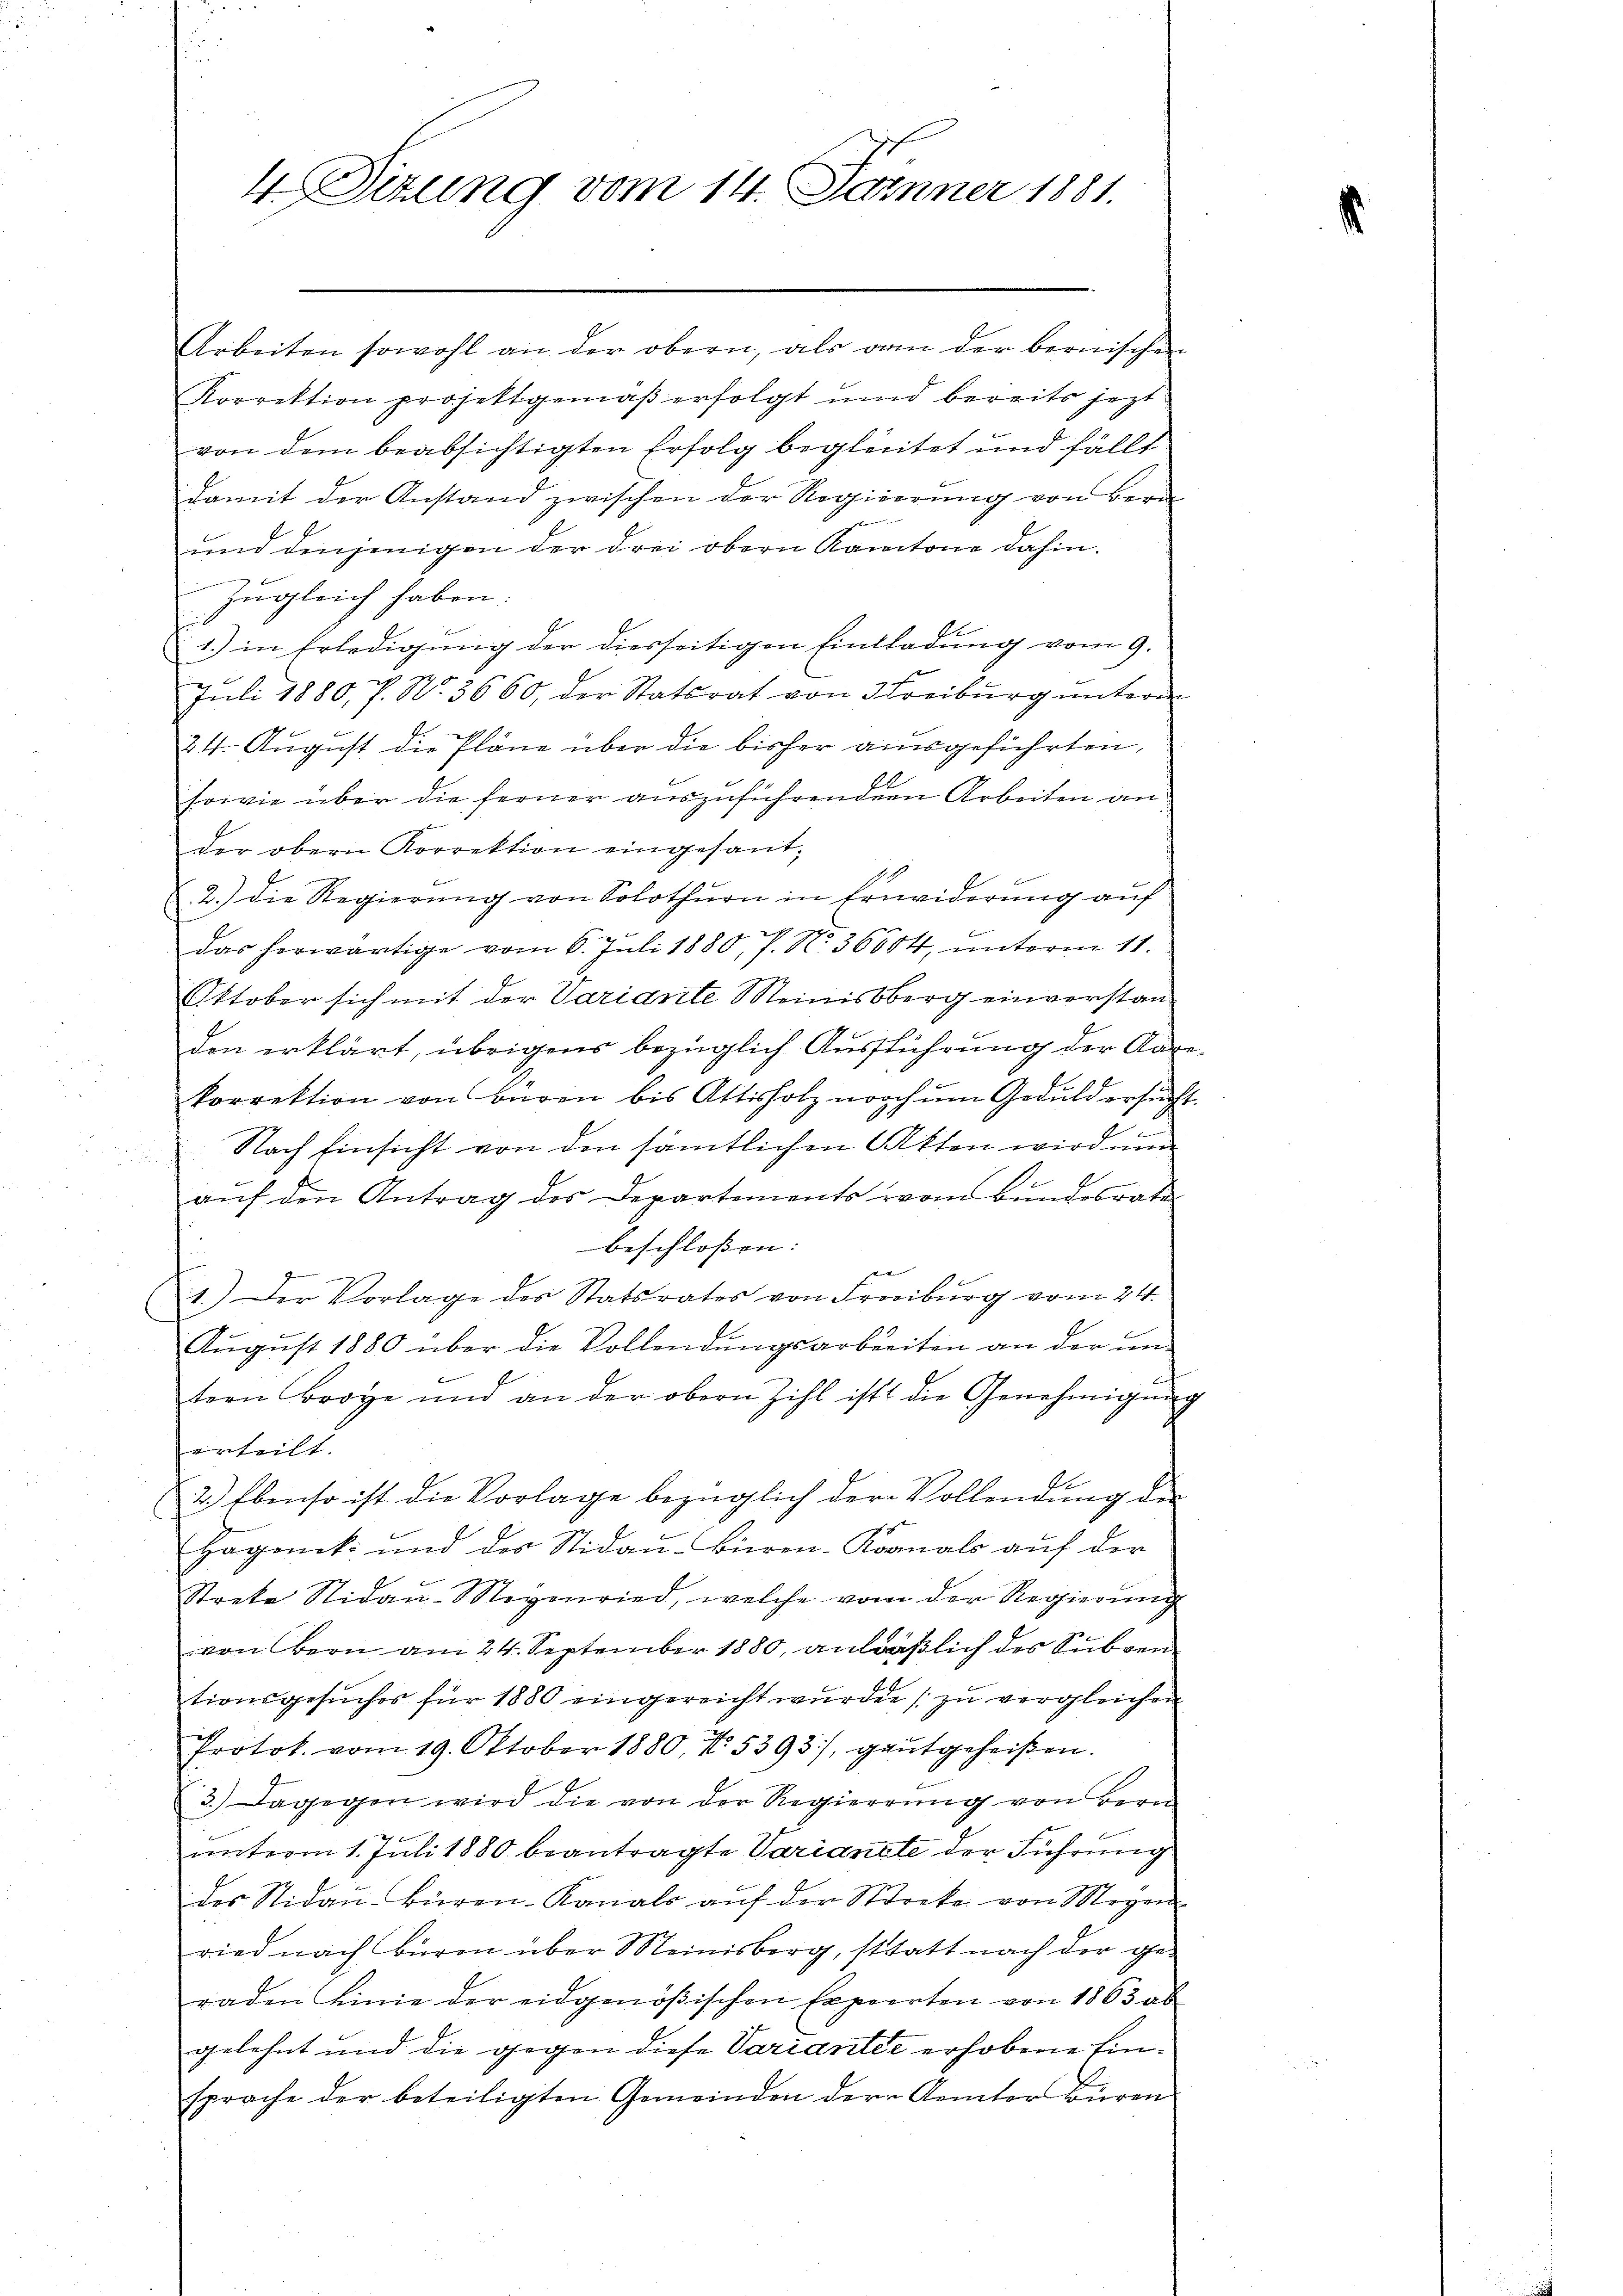
4 Sitzung vom 14. Jänner 1881.

Arbeiten sowohl an der obern, als von der bernischen
Korrektion projektgemäß erfolgt und bereits jezt
von dem beabsichtigten Erfolg begleitet und fällt.
damit der Anstand zwischen der Regierŭng von Bern
6
und denjenigen der drei obern Kantone dahin.
zugleich haben.
1.) in Erledigung der diesseitigen Einladung vom 9.
Juli 1880, P. Nr. 3660, der Statsrat von Freiburg unterm
24. August die Pläne über die bisher ausgeführten,
sowie über die ferner auszuführenden Arbeiten an
der obern Korrektion eingesant-
.
2.) die Regierung von Solothurn in Erwiderung auf
das herwärtige vom 6. Juli 1880, P. Nr. 36004, unterm 11.
Oktober sich mit der Variante Meinisberg einverstanden erklärt, übrigens bezüglich Ausführung der Aar
korrektion von Büren bis Attisholz noch um Geduld ersuch¬
4
Nach Einsicht von den sämtlichen Akten wird um
auf den Antrag des Departements vom Bundesrate
beschlossen:
e
1.) Der Vorlage des Statsrates von Freiburg vom 24.
August 1880 über die Vollendungsarbeiten an der um-
tern Broge und an der obern Zihl ist die Genehmigŭng
erteilt.
2.) Ebenso ist die Vorlage bezüglich der Vollendung der

Högeck und des Stidaŭ-Bieren-Acanals auf der
Streke Nidau-Wegenried, welche vom der Regierung
von Bern am 24. September 1880, anläßlich des Subventionsgesŭches für 1880 eingereicht wurde zu vergleichen
Protok. vom 19. Oktober 1880, No. 5393/, gutgeheißen.
3.) Dagegen wird die von der Regierŭng von vern
unterm 1. Juli 1880 beantragte Varianete der Führung
des Stidaṅ-Büren-Kanals aŭf der Streke von Meyen
ried nach Buren über Meinisberg, statt nach der geraden Linie der eidgenößischen Experten von 1863 ab
gelehnt und die gegen diese Variantie erhobene Einsprache der beteiligten Gemeinden der Kemter Büren